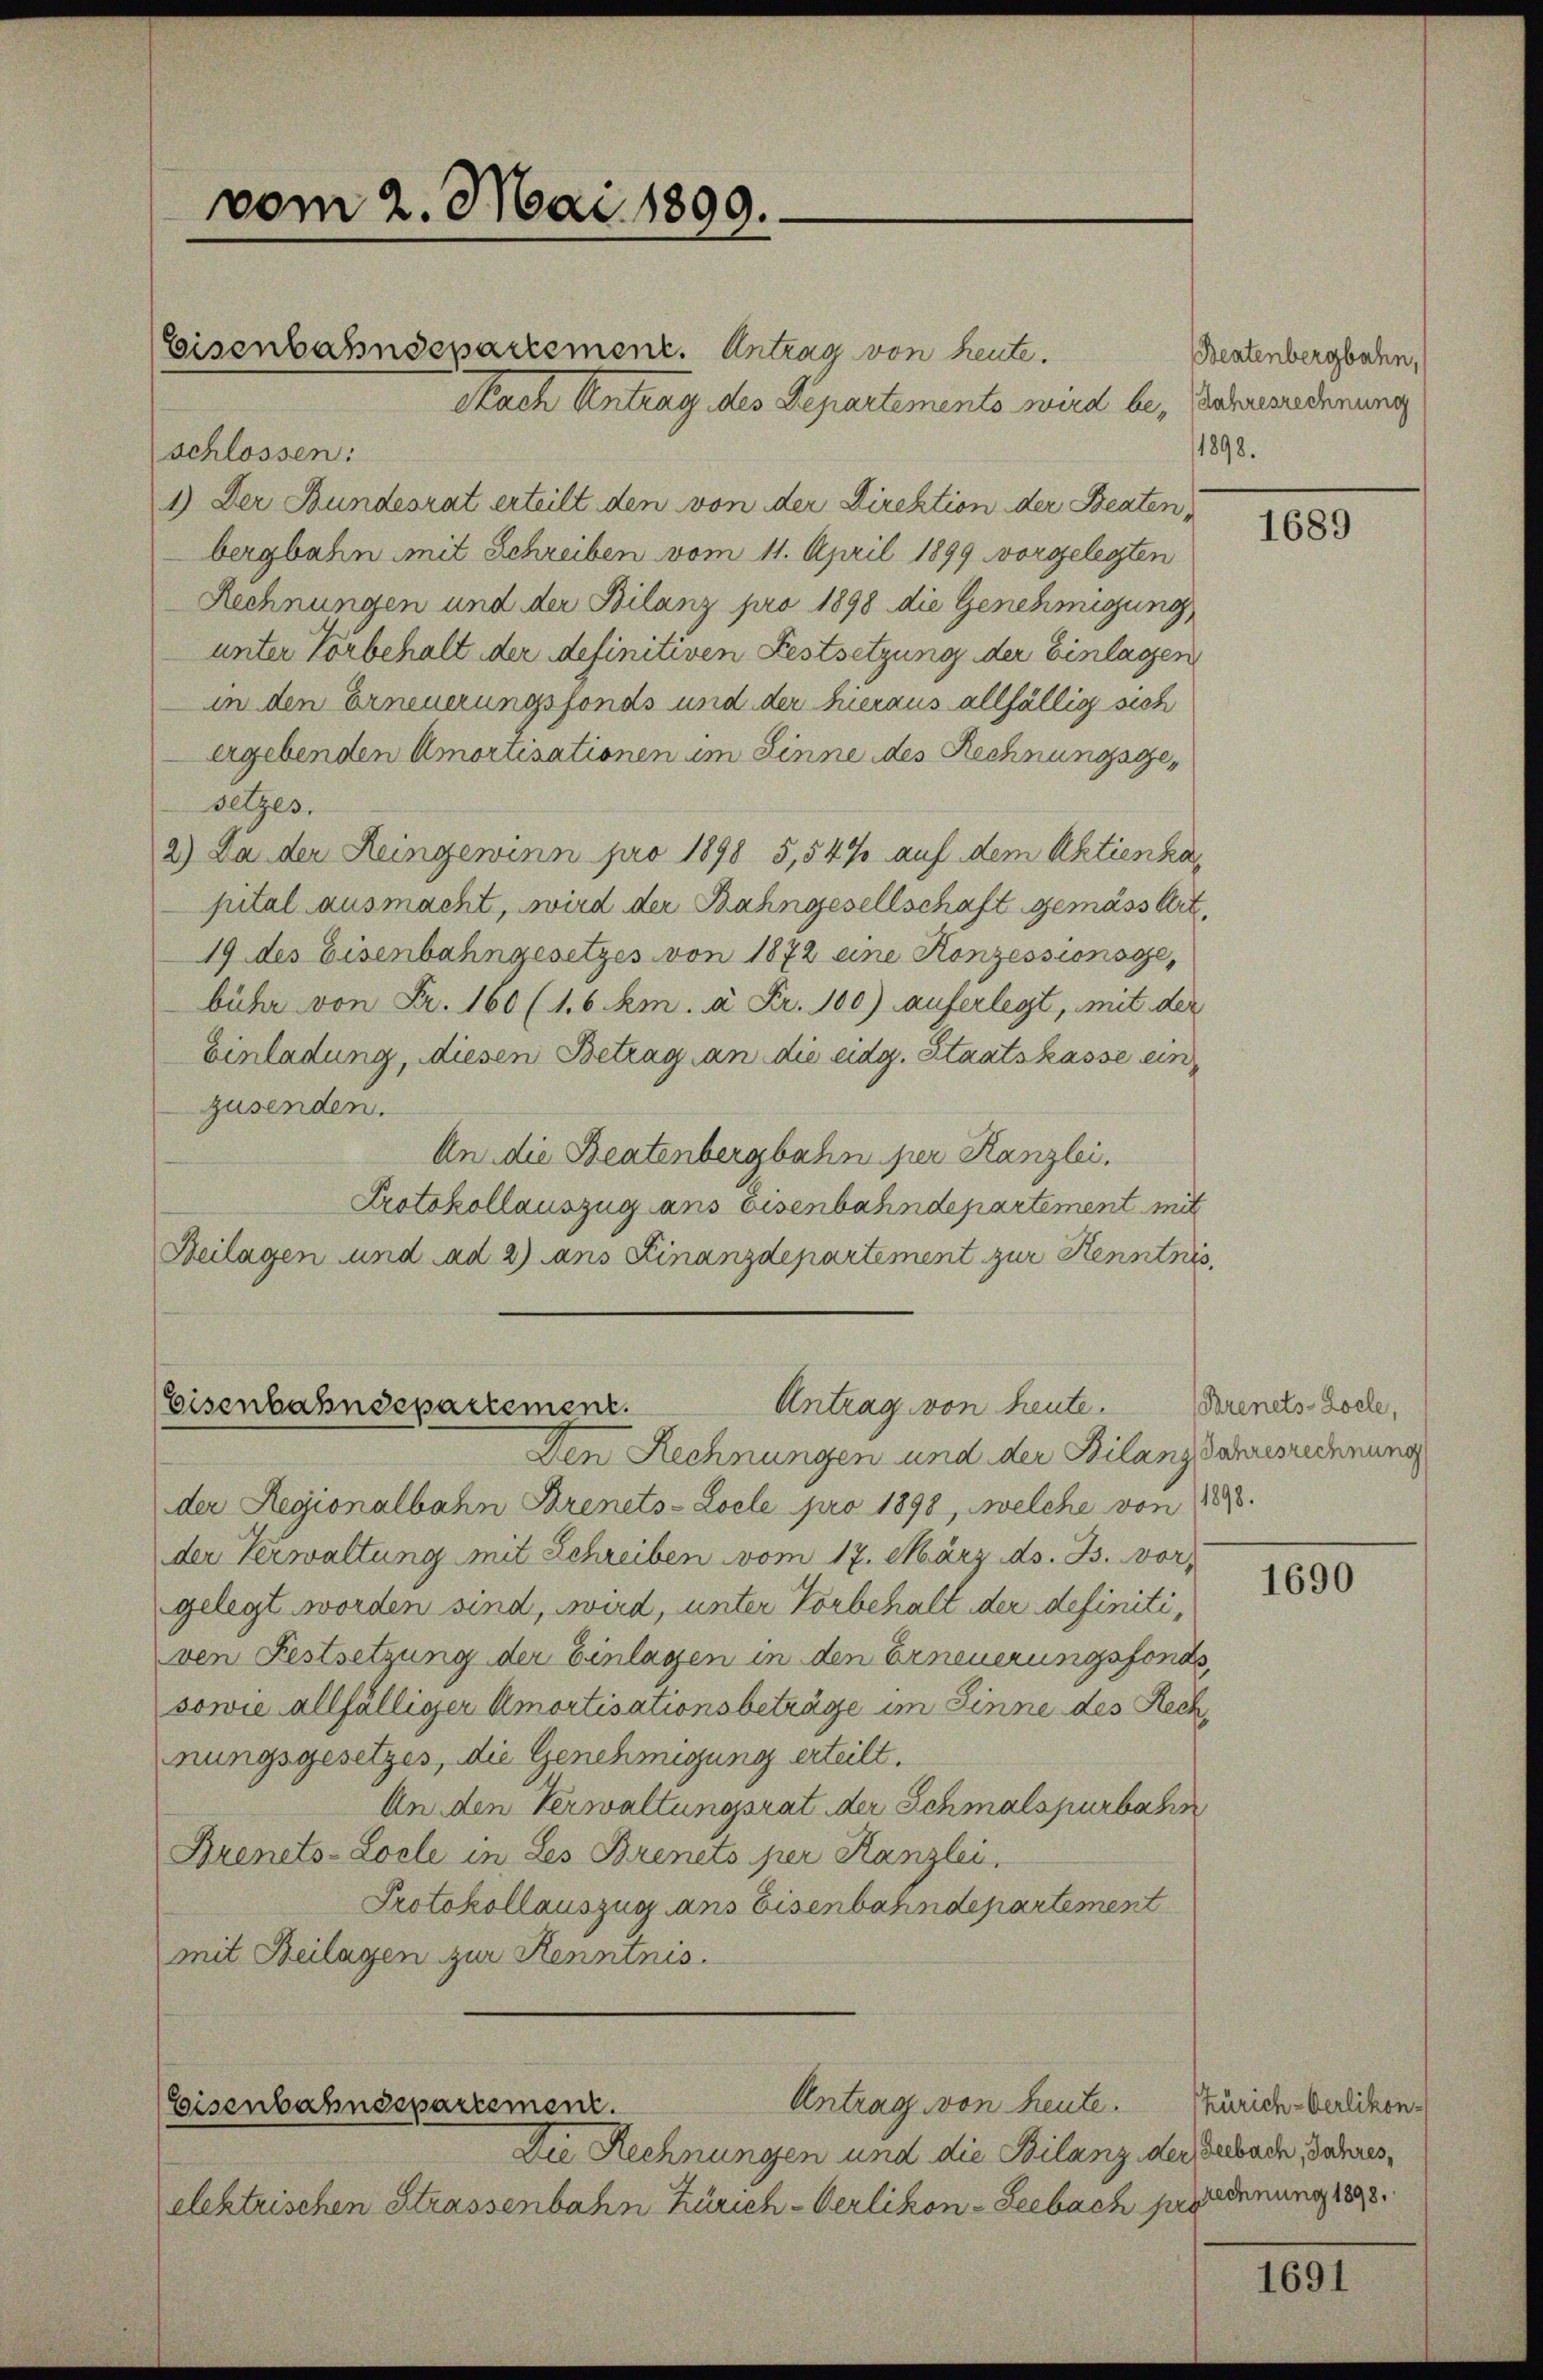
vom 2. Mai 1899.

Eisenbahndepartement. Antrag von heute.
Nach Antrag des Departemento wird be- Bahnsiederung
schlossen:
1.) Der Bundesrat erteilt den von der Direktion der Beaten,
bergbahn mit Schreiben vom 11. April 1899 vorgelegten
Rechnungen und der Bilanz pro 1898 die Genehmigung,
unter Vorbehalt der definitiven Festsetzung der Einlagen
in den Erneuerungsfonds und der hieraus allfällig sich
ergebenden Amortisationen im Sinne des Rechnungsgesetzes.
2.) Da der Reingewinn pro 1898 5,54% auf dem Aktienkapital ausmacht, wird der Bahngesellschaft gemäss Art.
19 des Eisenbahngesetzes von 1872 eine Konzessionsge
bühr von Fr. 160 (16 km. à Fr. 100) auferlegt, mit der
Einladung, diesen Betrag an die eidg. Staatskasse ein
zusenden.
An die Beatenbergbahn per Kanzlei.
Protokollauszug ans Eisenbahndepartement mit
Beilagen und ad 2) ans Finanzdepartement zur Kenntnis,

Antrag von heute. Fernels Loche,
Eisenbahndepartement.

Den Rechnungen und der Bilanz Jahresrechnung
der Regionalbahn Brinets-Locle pro 1898, welche von 1883.
der Verwaltung mit Schreiben vom 17. März ds. B. vor,
gelegt worden sind, wird, unter Vorbehalt der definitiven Festsetzung der Einlagen in den Erneuerungsfonds,
sowie allfälliger Amortisationsbeträge im Sinne des Rech
nungsgesetzes, die Genehmigung erteilt.
An den Verwaltungsrat der Schmalspurbahn
Brenets-Locle in Les Brinets per Kanzlei,
Protokollauszug ans Eisenbahndepartement
mit Beilagen zur Kenntnis.

Antrag von heute.
Eisenbahndepartement.

Die Rechnungen und die Bilanz der Seebach, Jahres,
elektrischen Strassenbahn Zürich-Verlikon - Seebach pro

Beatenbergbahn,
1898.

1689

1690

Zürich-Verlikon-
rechnung 1898.

1691